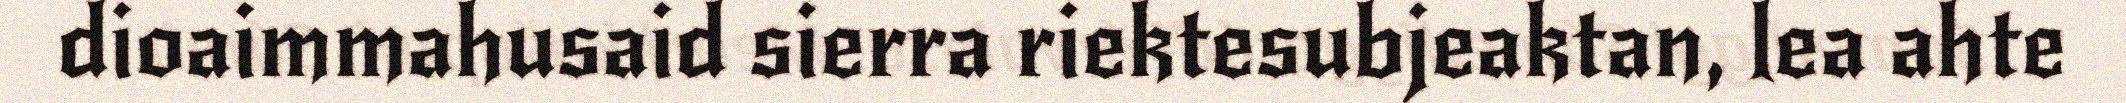
dioaimmahusaid sierra riektesubjeaktan, lea ahte